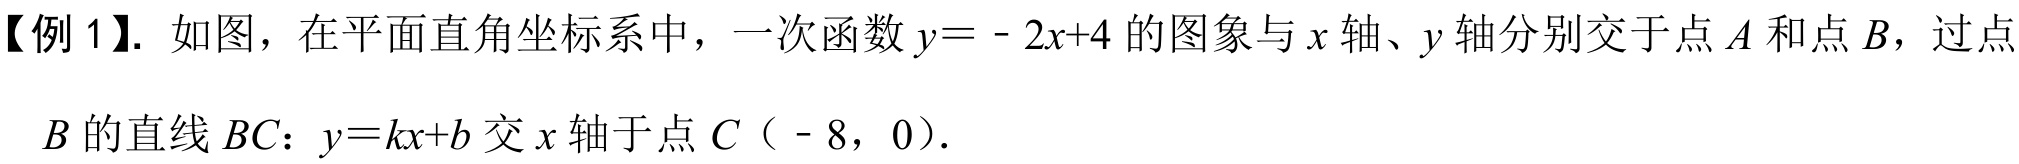
【例1】. 如图，在平面直角坐标系中，一次函数\(y = - 2x + 4\)的图象与\(x\)轴、\(y\)轴分别交于点\(A\)和点\(B\)，过点\(B\)的直线\(BC\)：\(y = kx + b\)交\(x\)轴于点\(C\)（\(- 8\)，0）.